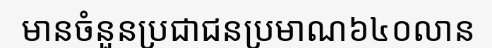
មានចំនួនប្រជាជនប្រមាណ៦៤០លាន